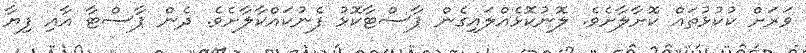
ވަރަށް ކުކުޅުތައް ކޮށާލާށެވެ. ލޮނުކޮޅެއްލައިގެން ޕާސްޓާކޮޅު ފެނުކައްކާލާށެވެ. ދެން ޕާސްޓާ އާއި ފިޔާ